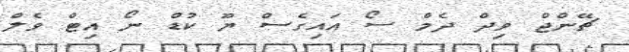
ޗޭންޖް ވިދް ދެމް ސޯ އައިގެސް ޔޫ ކުޑް ނޯ އިޓް ވެލް